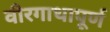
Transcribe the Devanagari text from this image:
वीरगाथापूर्ण